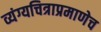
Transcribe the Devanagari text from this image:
व्यंग्यचित्राप्रमाणेच